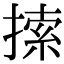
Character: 𢱢